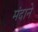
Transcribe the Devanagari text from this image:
मंदाने